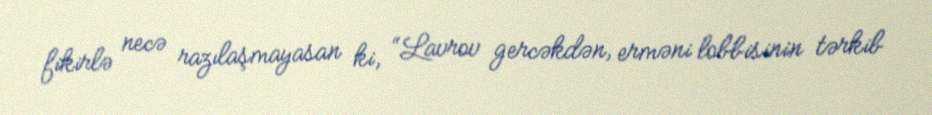
fikirlə necə razılaşmayasan ki, “Lavrov gercəkdən, erməni lobbisinin tərkib